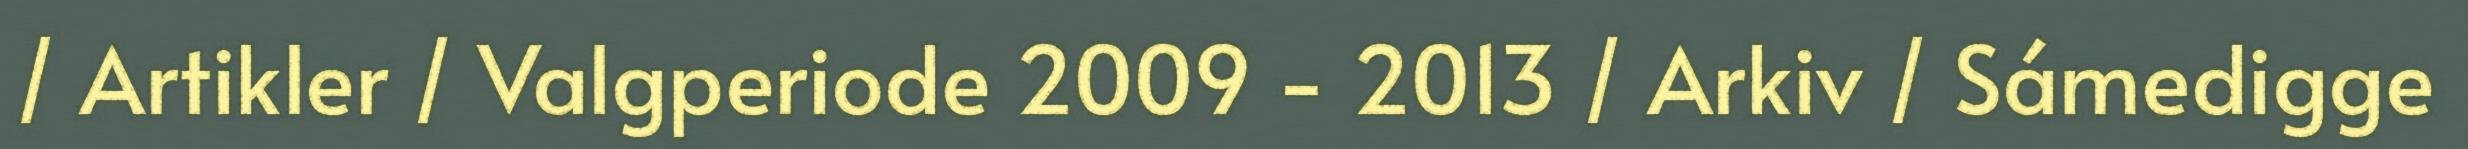
/ Artikler / Valgperiode 2009 - 2013 / Arkiv / Sámedigge